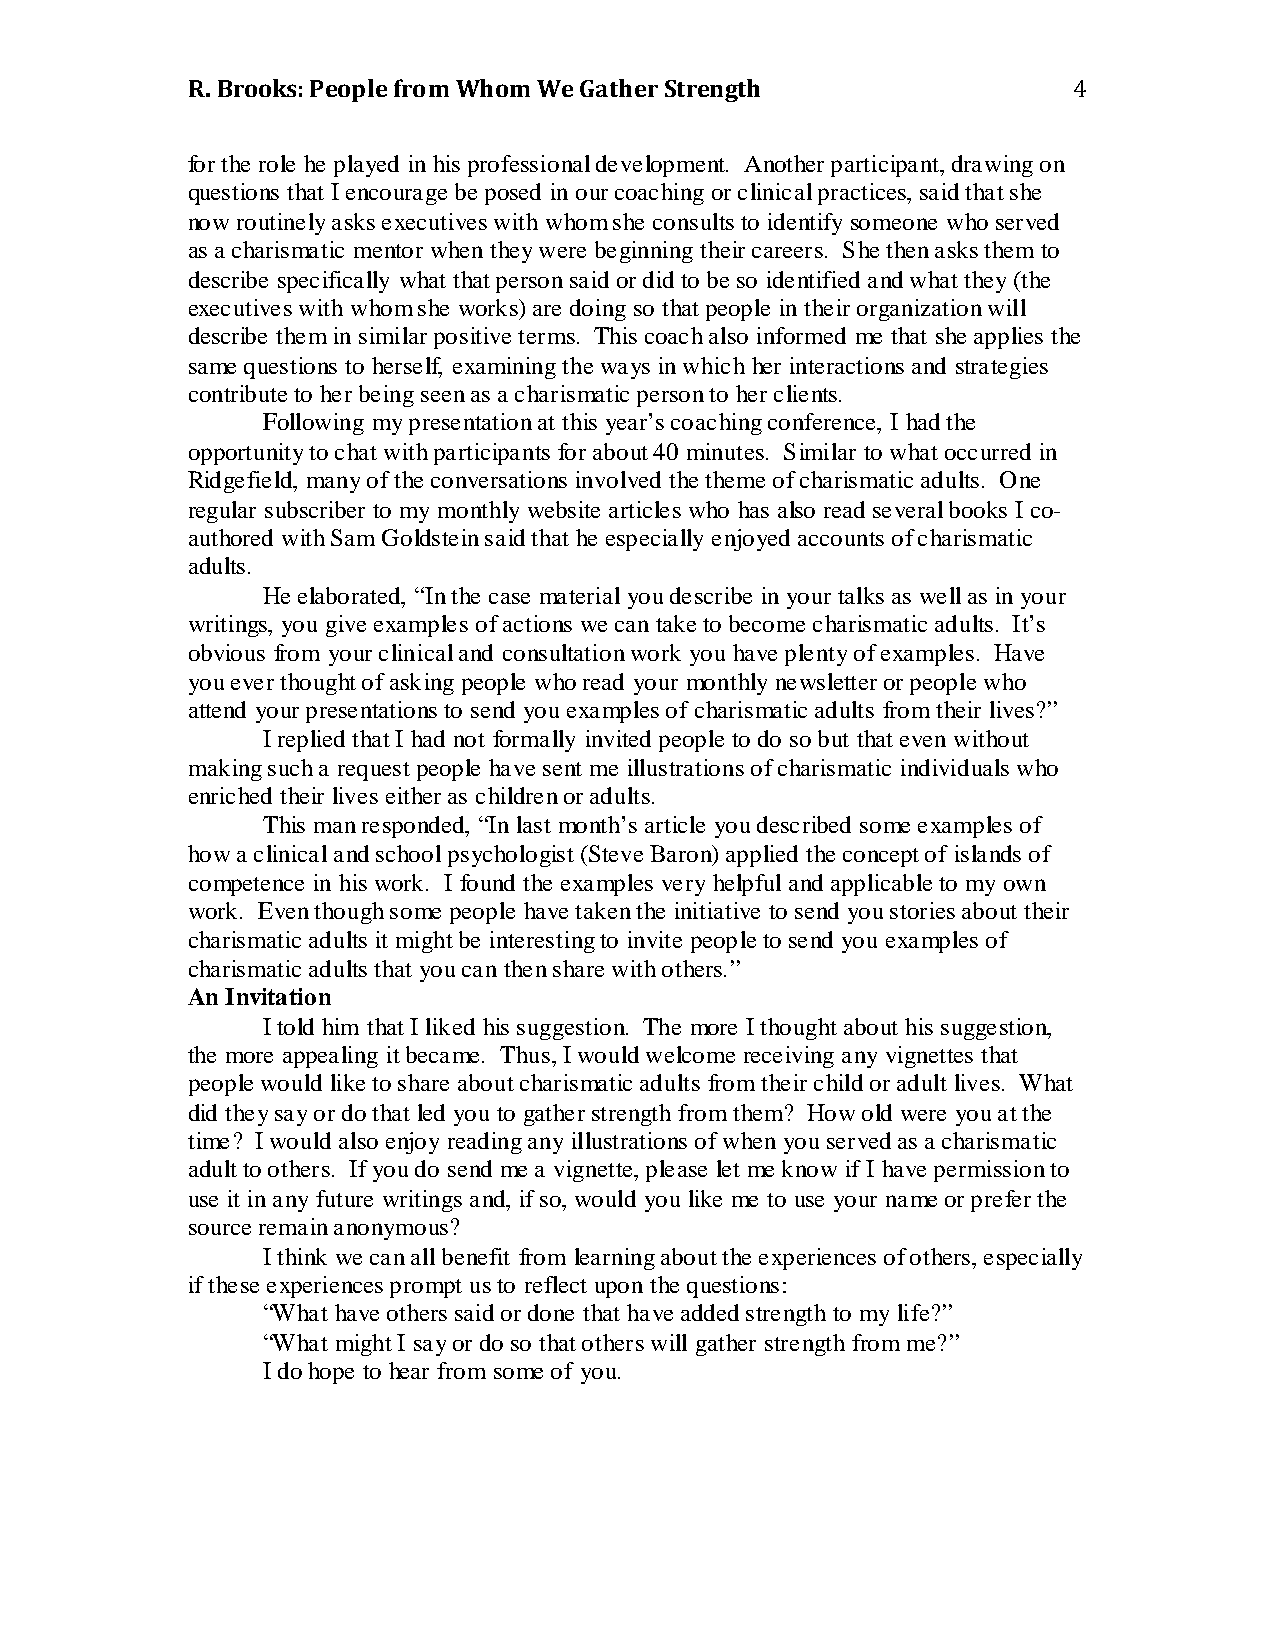
R. Brooks: People from Whom We Gather Strength
 4
 for the role he played in his professional development. Another participant, drawing on
 questions that I encourage be posed in our coaching or clinical practices, said that she
 now routinely asks executives with whom she consults to identify someone who served
 as a charismatic mentor when they were beginning their careers. She then asks them to
 describe specifically what that person said or did to be so identified and what they (the
 executives with whom she works) are doing so that people in their organization will
 describe them in similar positive terms. This coach also informed me that she applies the
 same questions to herself, examining the ways in which her interactions and strategies
 contribute to her being seen as a charismatic person to her clients.
 Following my presentation at this year’s coaching conference, I had the
 opportunity to chat with participants for about 40 minutes. Similar to what occurred in
 Ridgefield, many of the conversations involved the theme of charismatic adults. One
 regular subscriber to my monthly website articles who has also read several books I co-
 authored with Sam Goldstein said that he especially enjoyed accounts of charismatic
 adults.
 He elaborated, “In the case material you describe in your talks as well as in your
 writings, you give examples of actions we can take to become charismatic adults. It’s
 obvious from your clinical and consultation work you have plenty of examples. Have
 you ever thought of asking people who read your monthly newsletter or people who
 attend your presentations to send you examples of charismatic adults from their lives?”
 I replied that I had not formally invited people to do so but that even without
 making such a request people have sent me illustrations of charismatic individuals who
 enriched their lives either as children or adults.
 This man responded, “In last month’s article you described some examples of
 how a clinical and school psychologist (Steve Baron) applied the concept of islands of
 competence in his work. I found the examples very helpful and applicable to my own
 work. Even though some people have taken the initiative to send you stories about their
 charismatic adults it might be interesting to invite people to send you examples of
 charismatic adults that you can then share with others.”
 An Invitation
 I told him that I liked his suggestion. The more I thought about his suggestion,
 the more appealing it became. Thus, I would welcome receiving any vignettes that
 people would like to share about charismatic adults from their child or adult lives. What
 did they say or do that led you to gather strength from them? How old were you at the
 time? I would also enjoy reading any illustrations of when you served as a charismatic
 adult to others. If you do send me a vignette, please let me know if I have permission to
 use it in any future writings and, if so, would you like me to use your name or prefer the
 source remain anonymous?
 I think we can all benefit from learning about the experiences of others, especially
 if these experiences prompt us to reflect upon the questions:
 “What have others said or done that have added strength to my life?”
 “What might I say or do so that others will gather strength from me?”
 I do hope to hear from some of you.